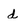
Character: d